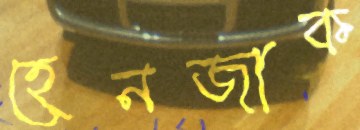
হেনজাক